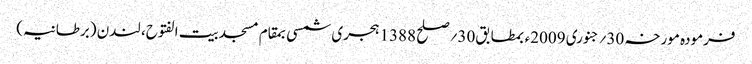
فرمودہ مورخہ 30؍جنوری 2009ء بمطابق30؍صلح 1388 ہجری شمسی بمقام مسجد بیت الفتوح، لندن (برطانیہ)